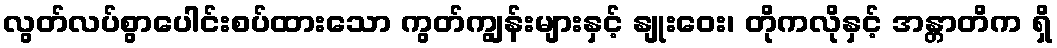
လွတ်လပ်စွာပေါင်းစပ်ထားသော ကွတ်ကျွန်းများနှင့် နျုးဝေး၊ တိုကလိုနှင့် အန္တာတိက ရှိ